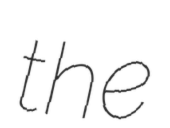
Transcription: the